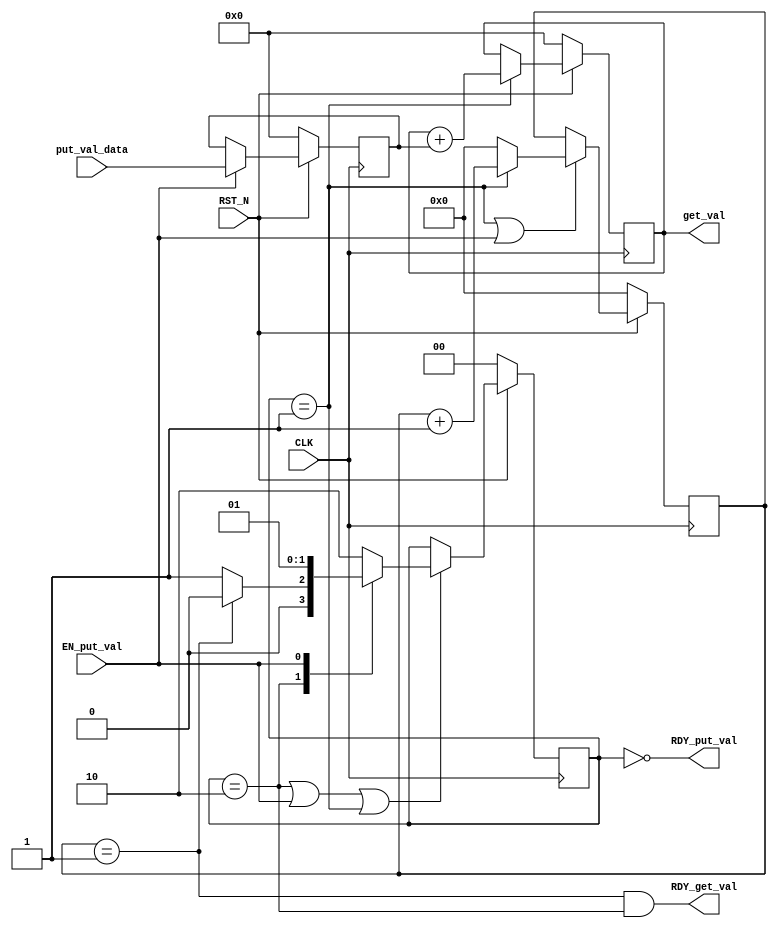
//
// Generated by Bluespec Compiler, version 2021.12.1 (build fd501401)
//
// On Mon Dec 11 01:23:19 IST 2023
//
//
// Ports:
// Name                         I/O  size props
// RDY_put_val                    O     1
// get_val                        O   128 reg
// RDY_get_val                    O     1
// CLK                            I     1 clock
// RST_N                          I     1 reset
// put_val_data                   I   128 reg
// EN_put_val                     I     1
//
// No combinational paths from inputs to outputs
//
//

`ifdef BSV_ASSIGNMENT_DELAY
`else
  `define BSV_ASSIGNMENT_DELAY
`endif

`ifdef BSV_POSITIVE_RESET
  `define BSV_RESET_VALUE 1'b1
  `define BSV_RESET_EDGE posedge
`else
  `define BSV_RESET_VALUE 1'b0
  `define BSV_RESET_EDGE negedge
`endif

module mkAcc(CLK,
	     RST_N,

	     put_val_data,
	     EN_put_val,
	     RDY_put_val,

	     get_val,
	     RDY_get_val);
  input  CLK;
  input  RST_N;

  // action method put_val
  input  [127 : 0] put_val_data;
  input  EN_put_val;
  output RDY_put_val;

  // value method get_val
  output [127 : 0] get_val;
  output RDY_get_val;

  // signals for module outputs
  wire [127 : 0] get_val;
  wire RDY_get_val, RDY_put_val;

  // register count
  reg [6 : 0] count;
  wire [6 : 0] count$D_IN;
  wire count$EN;

  // register mul_result
  reg [127 : 0] mul_result;
  wire [127 : 0] mul_result$D_IN;
  wire mul_result$EN;

  // register result
  reg [127 : 0] result;
  wire [127 : 0] result$D_IN;
  wire result$EN;

  // register state
  reg [1 : 0] state;
  reg [1 : 0] state$D_IN;
  wire state$EN;

  // inputs to muxes for submodule ports
  wire [6 : 0] MUX_count$write_1__VAL_1;
  wire [1 : 0] MUX_state$write_1__VAL_1;

  // action method put_val
  assign RDY_put_val = state == 2'd0 ;

  // value method get_val
  assign get_val = result ;
  assign RDY_get_val = count == 7'd1 && state == 2'd2 ;

  // inputs to muxes for submodule ports
  assign MUX_count$write_1__VAL_1 = count + 7'd1 ;
  assign MUX_state$write_1__VAL_1 = (count == 7'd1) ? 2'd0 : 2'd1 ;

  // register count
  assign count$D_IN = (state == 2'd1) ? MUX_count$write_1__VAL_1 : 7'd0 ;
  assign count$EN = state == 2'd1 || EN_put_val ;

  // register mul_result
  assign mul_result$D_IN = put_val_data ;
  assign mul_result$EN = EN_put_val ;

  // register result
  assign result$D_IN = result + mul_result ;
  assign result$EN = state == 2'd1 ;

  // register state
  always@(state or MUX_state$write_1__VAL_1 or EN_put_val)
  begin
    case (1'b1) // synopsys parallel_case
      state == 2'd2: state$D_IN = MUX_state$write_1__VAL_1;
      EN_put_val: state$D_IN = 2'd1;
      state == 2'd1: state$D_IN = 2'd2;
      default: state$D_IN = 2'b10 /* unspecified value */ ;
    endcase
  end
  assign state$EN = state == 2'd2 || EN_put_val || state == 2'd1 ;

  // handling of inlined registers

  always@(posedge CLK)
  begin
    if (RST_N == `BSV_RESET_VALUE)
      begin
        count <= `BSV_ASSIGNMENT_DELAY 7'd0;
	mul_result <= `BSV_ASSIGNMENT_DELAY 128'd0;
	result <= `BSV_ASSIGNMENT_DELAY 128'd0;
	state <= `BSV_ASSIGNMENT_DELAY 2'd0;
      end
    else
      begin
        if (count$EN) count <= `BSV_ASSIGNMENT_DELAY count$D_IN;
	if (mul_result$EN)
	  mul_result <= `BSV_ASSIGNMENT_DELAY mul_result$D_IN;
	if (result$EN) result <= `BSV_ASSIGNMENT_DELAY result$D_IN;
	if (state$EN) state <= `BSV_ASSIGNMENT_DELAY state$D_IN;
      end
  end

  // synopsys translate_off
  `ifdef BSV_NO_INITIAL_BLOCKS
  `else // not BSV_NO_INITIAL_BLOCKS
  initial
  begin
    count = 7'h2A;
    mul_result = 128'hAAAAAAAAAAAAAAAAAAAAAAAAAAAAAAAA;
    result = 128'hAAAAAAAAAAAAAAAAAAAAAAAAAAAAAAAA;
    state = 2'h2;
  end
  `endif // BSV_NO_INITIAL_BLOCKS
  // synopsys translate_on
endmodule  // mkAcc